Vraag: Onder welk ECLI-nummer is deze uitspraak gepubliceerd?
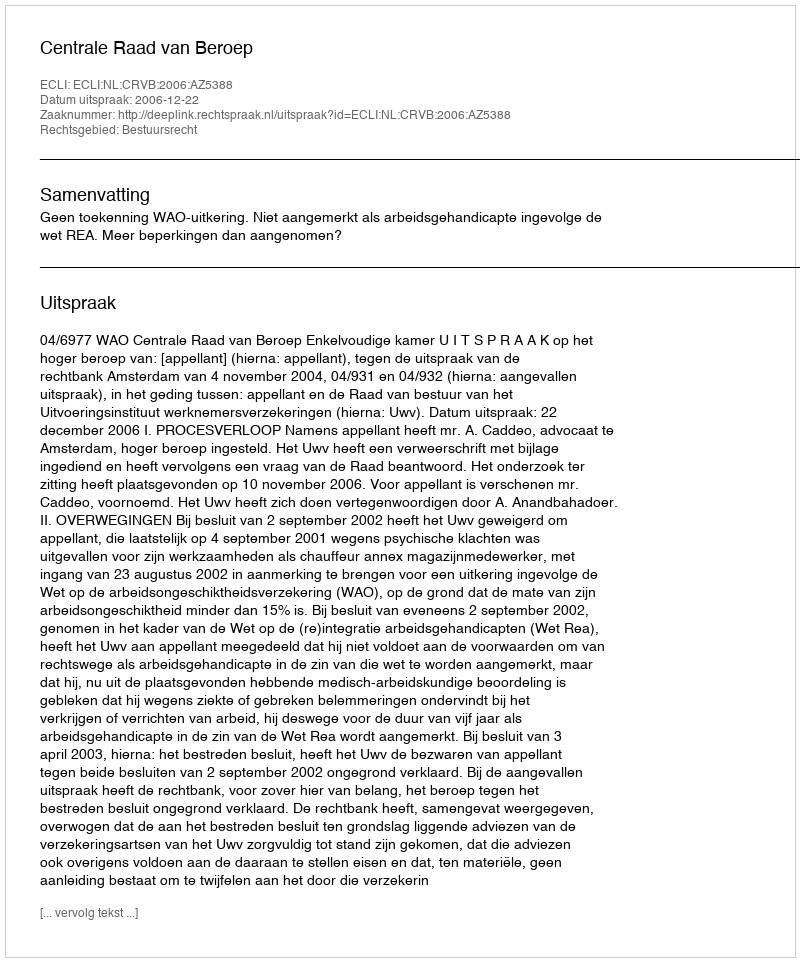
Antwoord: ECLI:NL:CRVB:2006:AZ5388